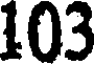
103